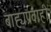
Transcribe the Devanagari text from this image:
बाह्यप्रवाही